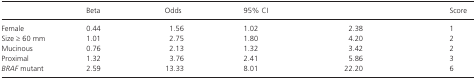
<table><thead><tr><td></td><td><b>Beta</b></td><td><b>Odds</b></td><td colspan="2"><b>95% CI</b></td><td><b>Score</b></td></tr></thead><tbody><tr><td>Female</td><td>0.44</td><td>1.56</td><td>1.02</td><td>2.38</td><td>1</td></tr><tr><td>Size ≥ 60 mm</td><td>1.01</td><td>2.75</td><td>1.80</td><td>4.20</td><td>2</td></tr><tr><td>Mucinous</td><td>0.76</td><td>2.13</td><td>1.32</td><td>3.42</td><td>2</td></tr><tr><td>Proximal</td><td>1.32</td><td>3.76</td><td>2.41</td><td>5.86</td><td>3</td></tr><tr><td><i>BRAF</i> mutant</td><td>2.59</td><td>13.33</td><td>8.01</td><td>22.20</td><td>6</td></tr></tbody></table>